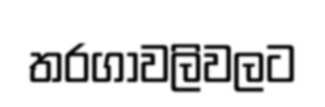
තරගාවලිවලට